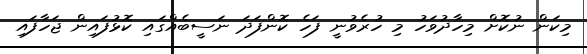
މިކަން ނުކޮށް މިހާދުވަހު މި ހުރެވުނީ ފަހެ ކޮންފަދަ ނަސީބެއްގައި ކޮޅުފައިން ޖަހާފައި